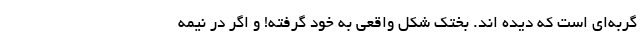
گربه‌ای است که دیده اند. بختک شکل واقعی به خود گرفته! و اگر در نیمه